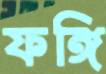
ফঙ্গি